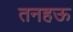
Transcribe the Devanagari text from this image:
तनहऊ